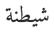
شيطنة